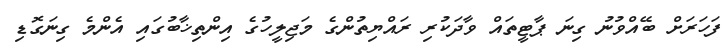
ފަހަރަށް ބޭއްވުނު ގިނަ ޕާޓީތައް ވާދަކުރި ރައްޔިތުންގެ މަޖިލީހުގެ އިންތިޚާބުގައި އެންމެ ގިނަގޮޑި